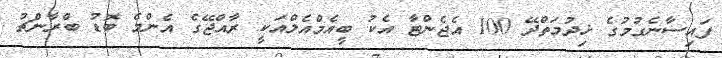
ފައިސާނެގުމުގެ ޚިދުމަތްދޭ 100 އެޖެންޓާ އެކު ބީއެމްއެލްއަކީ ރާއްޖޭގެ އެންމެ ބޮޑު ބްރާންޗު